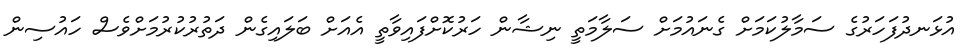
އުޅަނދުފަހަރުގެ ސަމާލުކަމަށް ގެނައުމަށް ސަލާމަތީ ނިޝާން ހަރުކޮށްފައިވާތީ އެއަށް ބަލައިގެން ދަތުރުކުރުމަށްވެސް ހައުސިން